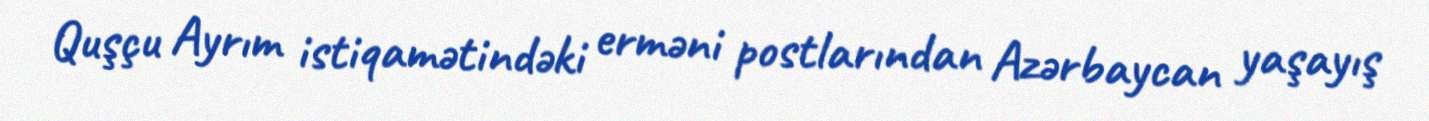
Quşçu Ayrım istiqamətindəki erməni postlarından Azərbaycan yaşayış